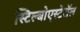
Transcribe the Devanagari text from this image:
स्टिल्बोएस्टेरॉल